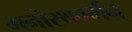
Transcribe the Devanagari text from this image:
मनोरथवर्मन्